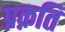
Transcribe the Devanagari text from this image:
प्रक़ति